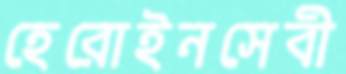
হেরোইনসেবী